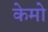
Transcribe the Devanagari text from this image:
केमो